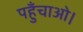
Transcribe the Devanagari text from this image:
पहुँचाओ।